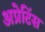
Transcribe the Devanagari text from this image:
अप्रेटिंस